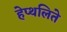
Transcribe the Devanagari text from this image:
हेप्थलिते